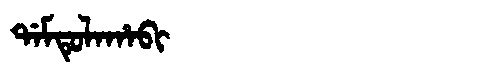
Manchu: ᡩᠠᠮᡨᡠᠯᠠᡥᠠᠪᡳ
Romanization: DAMTULAHABI